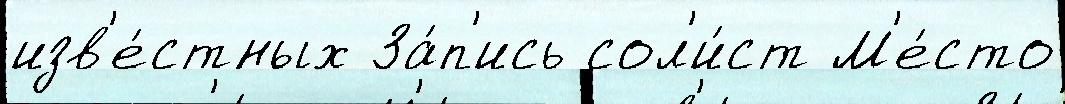
изв'е́стных За́п'ись сол'и́ст М'е́сто